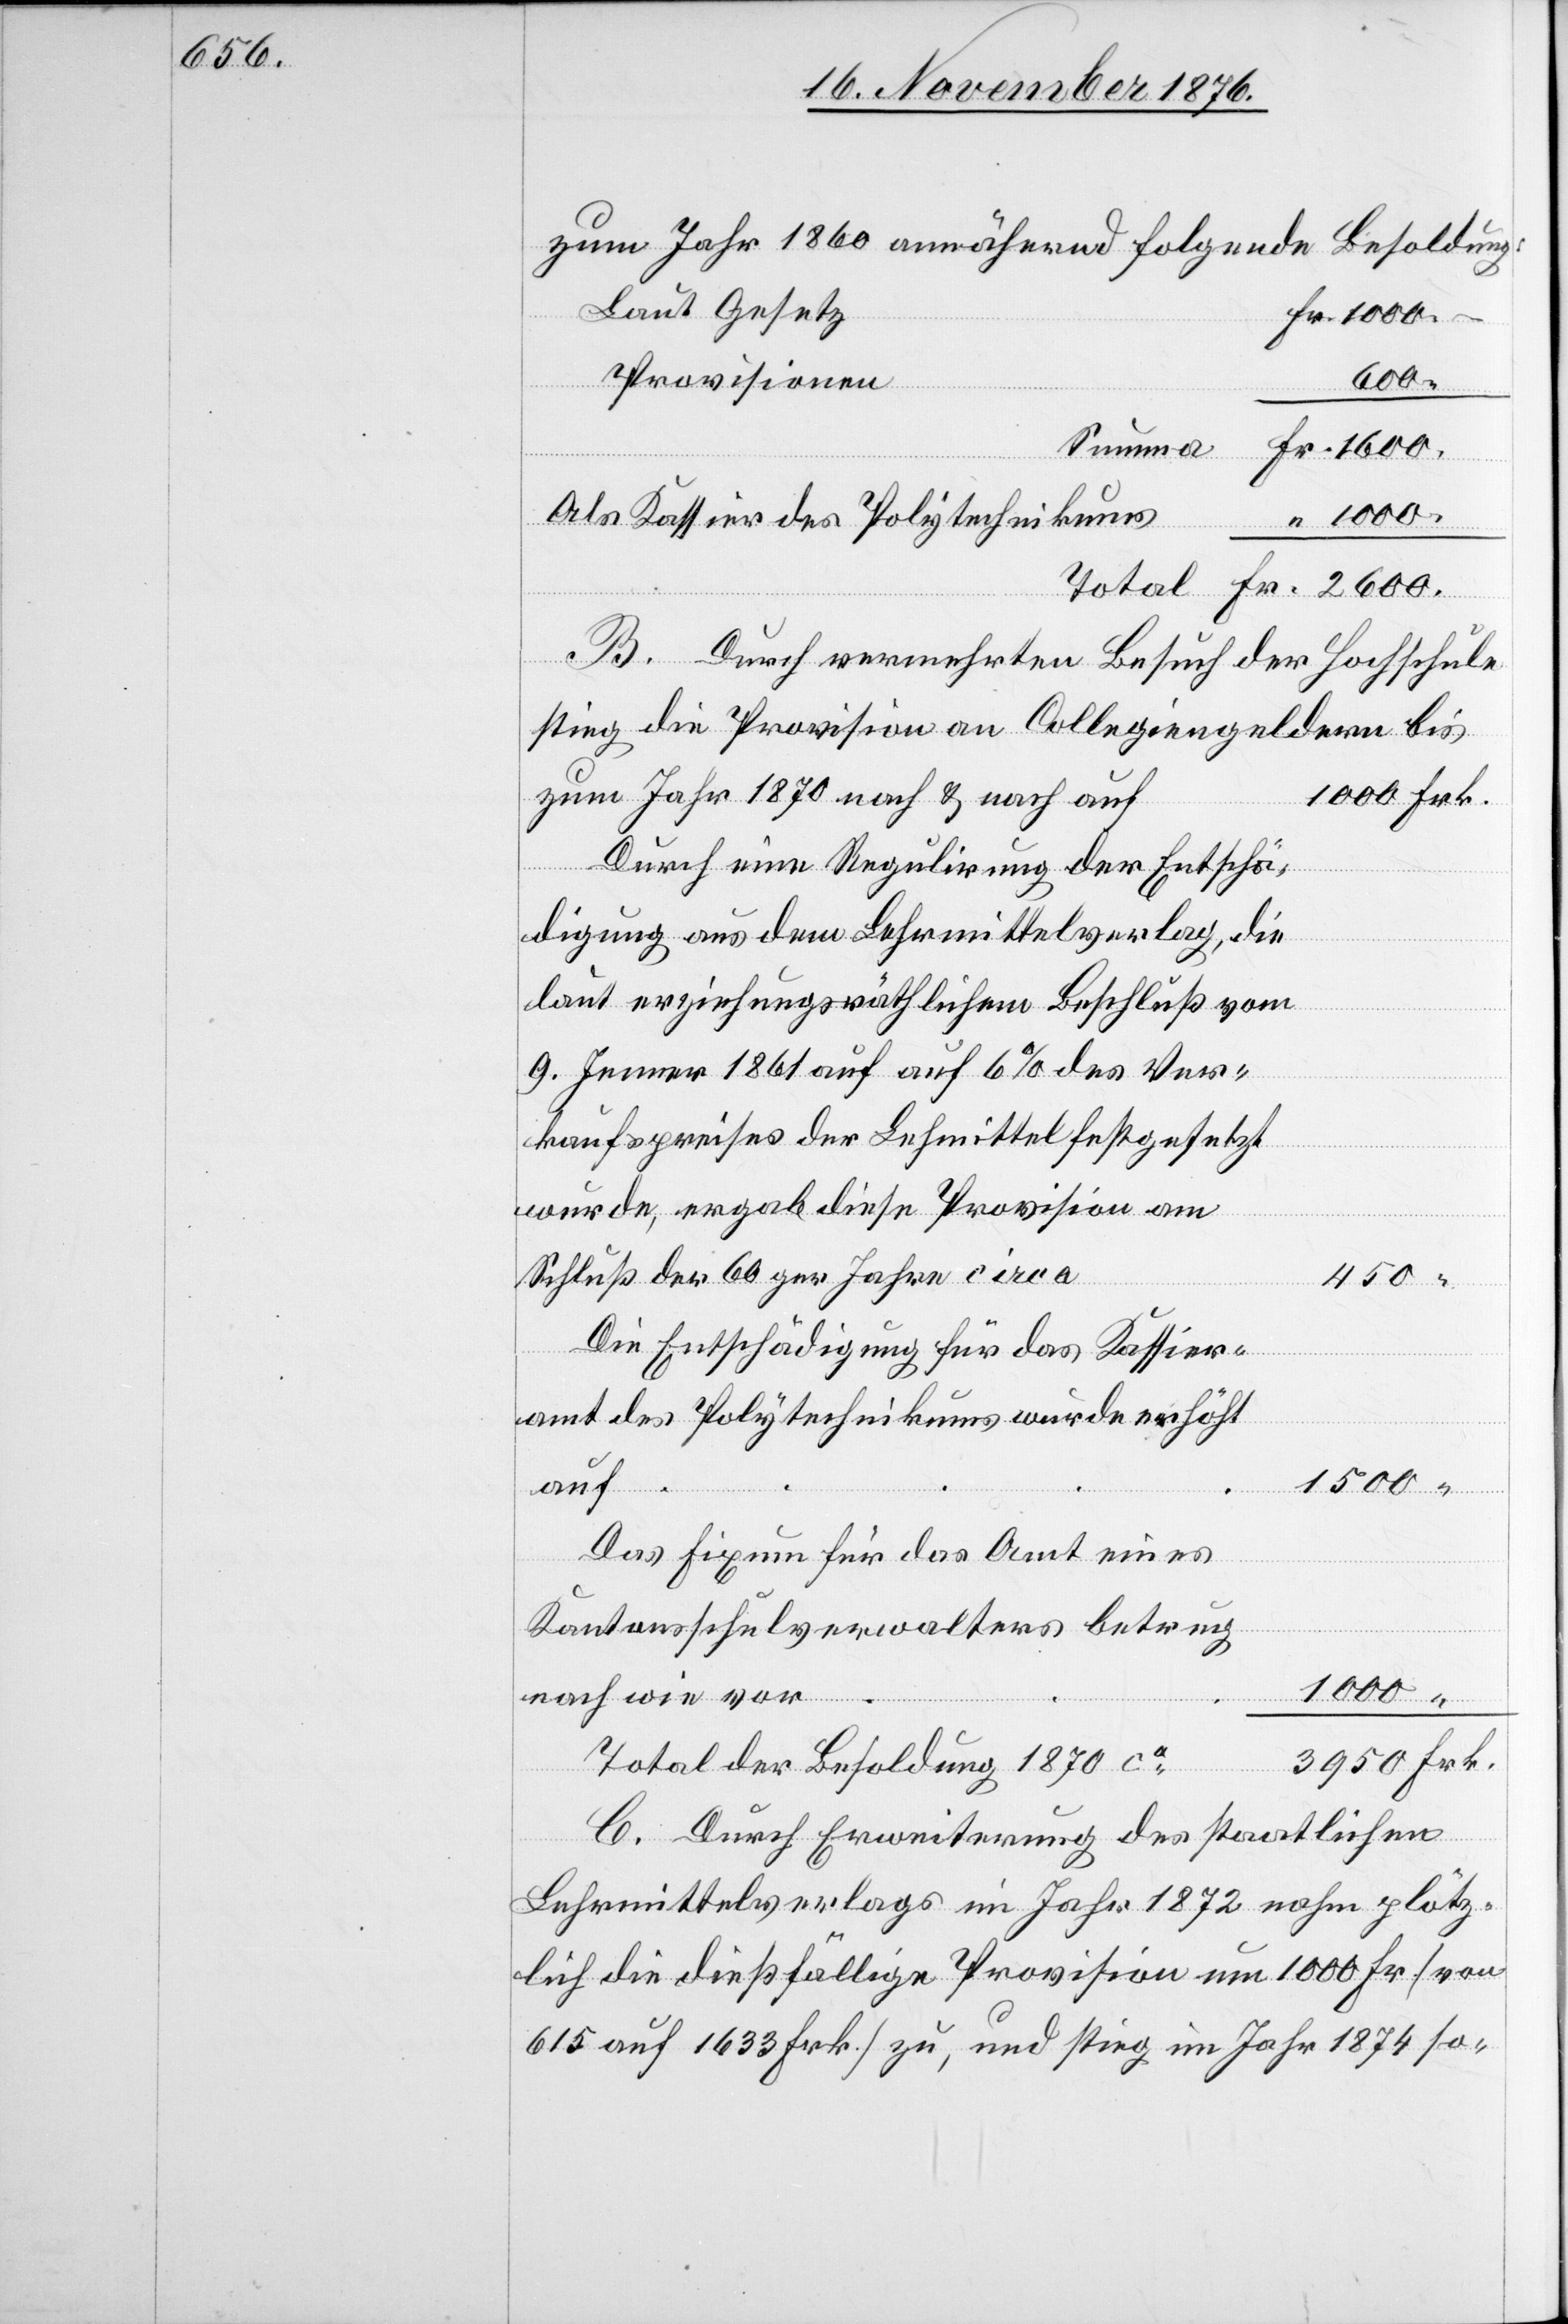
zum Jahr 1860 annähernd folgende Besoldung:
Laut Gesetz
Provisionen
1000
Summa
Als Kassier des Polytechnikums
Total
B. Durch vermehrten Besuch der Hochschule
stieg die Provision an Collegiengeldern bis
zum Jahr 1870 nach & nach auf
Durch eine Regulierung der Entschä¬
digung aus dem Lehrmittelverlag, die
Fr.
laut erziehungsräthlichem Beschluß vom
9. Jenner 1861 auf auf [sic!] 6% des Ver¬
kaufspreises der Lehrmittel festgesetzt
wurde, ergab diese Provision am
Schluß der 60ger Jahre circa
Frk.
450
Die Entschädigung für das Kassier¬
amt des Polytechnikums wurde erhöht
auf
1500
Das Fixum für das Amt eines
Kantonsschulverwalters betrug
nach wie vor
Total der Besoldung 1870 ca
C. Durch Erweiterung des staatlichen
Lehrmittelverlags im Jahr 1872 nahm plötz¬
lich die dießfällige Provision um 1000 Fr. [von
615 auf 1633 Frk.] zu, und stieg im Jahr 1874 so-